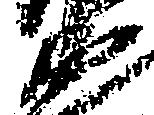
衛